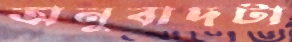
অনুবাদটা